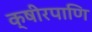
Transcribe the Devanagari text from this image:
क्षीरपाणि